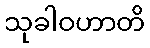
သုခါဝဟာတိ